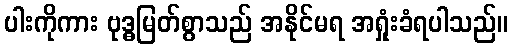
ပါးကိုကား ဗုဒ္ဓမြတ်စွာသည် အနိုင်မရ အရှုံးခံရပါသည်။